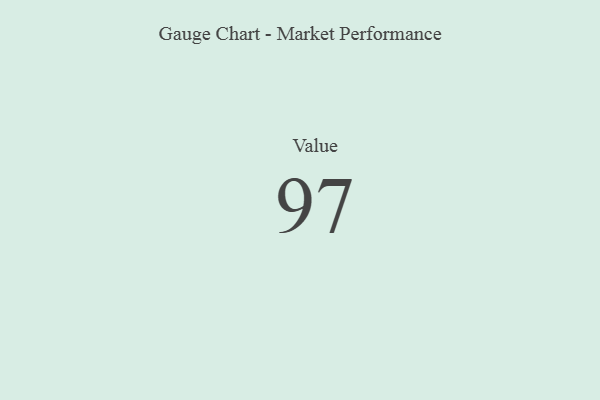
{"axis": {"x": "Metric", "y": "Value"}, "legend": [""], "data": [{"x": "Value", "y": 97, "type": ""}]}